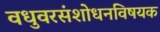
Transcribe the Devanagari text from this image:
वधुवरसंशोधनविषयक